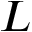
L